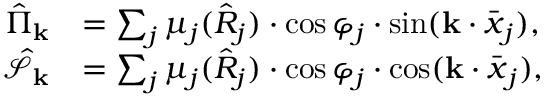
\begin{array} { r l } { \hat { \Pi } _ { \mathbf { k } } } & { = \sum _ { j } \mu _ { j } ( \hat { R } _ { j } ) \cdot \cos \varphi _ { j } \cdot \sin ( \mathbf { k } \cdot \bar { \boldsymbol x } _ { j } ) , } \\ { \hat { \mathcal { S } } _ { \mathbf { k } } } & { = \sum _ { j } \mu _ { j } ( \hat { R } _ { j } ) \cdot \cos \varphi _ { j } \cdot \cos ( \mathbf { k } \cdot \bar { \boldsymbol x } _ { j } ) , } \end{array}